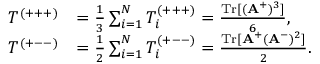
\begin{array} { r l } { T ^ { ( + + + ) } } & { = \frac { 1 } { 3 } \sum _ { i = 1 } ^ { N } T _ { i } ^ { ( + + + ) } = \frac { \mathrm { T r } [ ( \mathbf { A } ^ { + } ) ^ { 3 } ] } { 6 } , } \\ { T ^ { ( + -- ) } } & { = \frac { 1 } { 2 } \sum _ { i = 1 } ^ { N } T _ { i } ^ { ( + -- ) } = \frac { \mathrm { T r } [ \mathbf { A } ^ { + } ( \mathbf { A } ^ { - } ) ^ { 2 } ] } { 2 } . } \end{array}